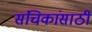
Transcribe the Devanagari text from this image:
संचिकांसाठी